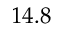
1 4 . 8